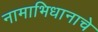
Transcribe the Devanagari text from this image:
नामाभिधानाचे